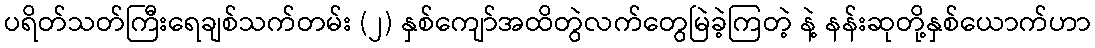
ပရိတ်သတ်ကြီးရေချစ်သက်တမ်း (၂) နှစ်ကျော်အထိတွဲလက်တွေမြဲခဲ့ကြတဲ့ နဲ့ နန်းဆုတို့နှစ်ယောက်ဟာ